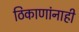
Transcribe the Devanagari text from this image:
ठिकाणांनाही